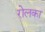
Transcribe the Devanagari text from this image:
रोलका